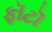
ફૉટૉ